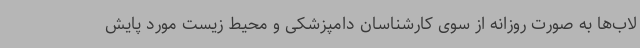
لاب‌ها به صورت روزانه از سوی کارشناسان دامپزشکی و محیط زیست مورد پایش